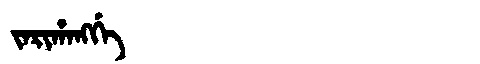
Manchu: ᠵᠠᡵᡳᡥᠠᠩᡤᡝ
Romanization: JARIHANGGE